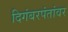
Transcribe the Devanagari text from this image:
दिगंबरपंतांवर